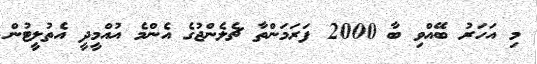
މި އަހަރު ބޭއްވި ބާ 2000 ފަރަމަންތާ ޗެލެންޖުގެ އެންމެ އުއްމީދީ އެތުލީޓުން